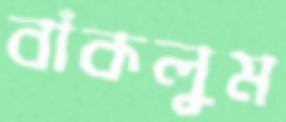
বাঁকলুম